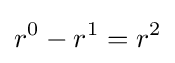
r^{0}-r^{1}=r^{2}